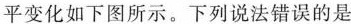
平变化如下图所示。下列说法错误的是